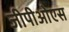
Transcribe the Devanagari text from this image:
जीपीओएस